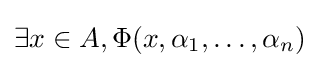
\exists x\in A,\Phi (x,\alpha _{1},\ldots ,\alpha _{n})